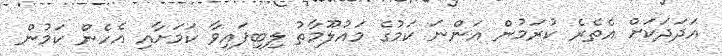
އަދަދަކަށް އެތެރެ ކުރަމުން އަންނަ ކަމުގެ މައުލޫމާތު ލިބިފައިވާ ކަމަށާއި އެހެން ކަމުން